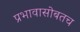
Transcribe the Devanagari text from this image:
प्रभावासोबतच